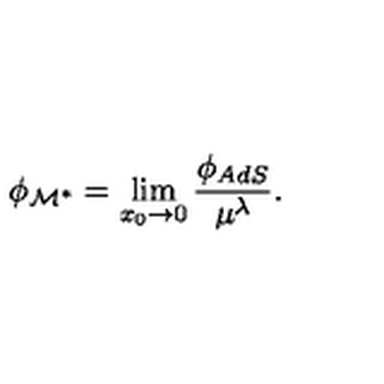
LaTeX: \phi _ { \cal M ^ { * } } = \lim _ { x _ { 0 } \to 0 } { \frac { \phi _ { A d S } } { \mu ^ { \lambda } } } .